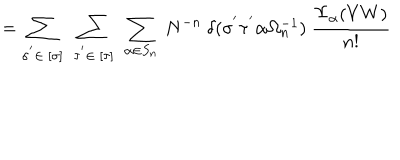
= \sum _ { \sigma ^ { ' } \in \ [ \sigma ] } \ \sum _ { \tau ^ { ' } \in \ [ \tau ] } \ \sum _ { \alpha \in S _ { n } } \ N ^ { - n } \ \delta ( \sigma ^ { ' } \tau ^ { ' } \alpha \Omega _ { n } ^ { - 1 } ) \ \frac { \Upsilon _ { \alpha } ( V W ) } { n ! }